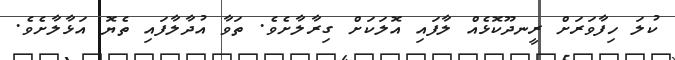
ކުލަ ހިފާވަރަށް ރީނދޫކޮޅެއް ލާފައި އޮލަކަށް ގިރާލާށެވެ. ތަވާ އުދާލާފައި ތެޔޮ އަޅާލާށެވެ.